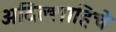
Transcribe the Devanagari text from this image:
अदिल्शाहिचे